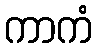
ကာကံ